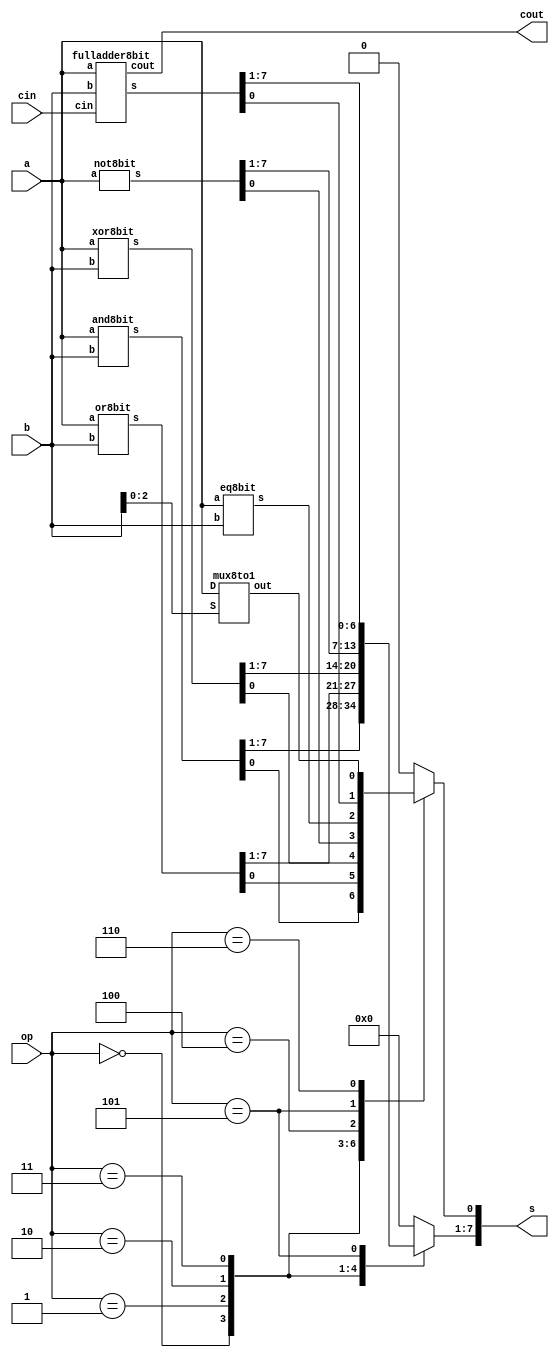
module ula (op, s, a, b, cin, cout);
  input [2:0] op;
  input [7:0] a;
  input [7:0] b;
  input cin;
  output reg [7:0] s;
  output cout;

  wire [7:0] and_out, or_out, xor_out, not_out, fulladder_out;
  wire eq_out, mux_out;

  and8bit a1 (and_out, a, b);
  or8bit o1 (or_out, a, b);
  xor8bit x1 (xor_out, a, b);
  not8bit n1 (not_out, a);
  eq8bit e1 (eq_out, a, b);
  fulladder8bit fa1 (fulladder_out, cout, a, b, cin);
  mux8to1 m1 (mux_out, a, b[2:0]);

  always @ * begin
    case (op)
      3'b000: begin
        s = and_out;
      end
      3'b001: begin
        s = or_out;
      end
      3'b010: begin
        s = xor_out;
      end
      3'b011: begin
        s = not_out;
      end
      3'b100: begin
        s[7:1] = 7'b0000000;
        s[0] = eq_out;
      end
      3'b101: begin
        s = fulladder_out;
      end
      3'b110: begin
        s[7:1] = 7'b0000000;
        s[0] = mux_out;
      end
      default: begin
        s = 8'b00000000;
      end
    endcase
  end
endmodule

module and8bit (s, a, b);
  input [7:0] a;
  input [7:0] b;
  output [7:0] s;
  and (s[0], a[0], b[0]);
  and (s[1], a[1], b[1]);
  and (s[2], a[2], b[2]);
  and (s[3], a[3], b[3]);
  and (s[4], a[4], b[4]);
  and (s[5], a[5], b[5]);
  and (s[6], a[6], b[6]);
  and (s[7], a[7], b[7]);
endmodule

module or8bit (s, a, b);
  input [7:0] a;
  input [7:0] b;
  output [7:0] s;
  or (s[0], a[0], b[0]);
  or (s[1], a[1], b[1]);
  or (s[2], a[2], b[2]);
  or (s[3], a[3], b[3]);
  or (s[4], a[4], b[4]);
  or (s[5], a[5], b[5]);
  or (s[6], a[6], b[6]);
  or (s[7], a[7], b[7]);
endmodule

module xor8bit (s, a, b);
  input [7:0] a;
  input [7:0] b;
  output [7:0] s;
  xor (s[0], a[0], b[0]);
  xor (s[1], a[1], b[1]);
  xor (s[2], a[2], b[2]);
  xor (s[3], a[3], b[3]);
  xor (s[4], a[4], b[4]);
  xor (s[5], a[5], b[5]);
  xor (s[6], a[6], b[6]);
  xor (s[7], a[7], b[7]);
endmodule

module not8bit (s, a);
  input [7:0] a;
  output [7:0] s;
  nor (s[0], a[0]);
  nor (s[1], a[1]);
  nor (s[2], a[2]);
  nor (s[3], a[3]);
  nor (s[4], a[4]);
  nor (s[5], a[5]);
  nor (s[6], a[6]);
  nor (s[7], a[7]);
endmodule

module eq8bit (s, a, b);
  input [7:0] a;
  input [7:0] b;
  output s;
  wire [7:0] o, u;
  xor8bit x (o, a, b);
  not8bit n (u, o);
  and (s, u[0], u[1], u[2], u[3], u[4], u[5], u[6], u[7]);
endmodule

module mux8to1 (out, D, S);
  input [7:0] D;
  input [2:0] S;
  output out;
  wire [10:0] T;
  not (T[0], S[0]);
  not (T[1], S[1]);
  not (T[2], S[2]);
  and (T[3], D[0], T[0], T[1], T[2]);
  and (T[4], D[1], S[0], T[1], T[2]);
  and (T[5], D[2], T[0], S[1], T[2]);
  and (T[6], D[3], S[0], S[1], T[2]);
  and (T[7], D[4], T[0], T[1], S[2]);
  and (T[8], D[5], S[0], T[1], S[2]);
  and (T[9], D[6], T[1], S[1], S[2]);
  and (T[10],D[7], S[0], S[1], S[2]);
  or (out, T[3], T[4], T[5], T[6], T[7], T[8], T[9], T[10]);
endmodule

module fulladder (input a, b, cin, output s, cout);
  wire xor1out, and1out, and2out;
  xor (xor1out, a, b);
  xor (s, cin, xor1out);
  and (and1out, cin, xor1out);
  and (and2out, a, b);
  or (cout, and1out, and2out);
endmodule

module fulladder8bit (s, cout, a, b, cin);
  input [7:0] a;
  input [7:0] b;
  input cin;
  output [7:0] s;
  output cout;
  wire [6:0] c;
  fulladder f0 (a[0], b[0], cin,  s[0], c[0]);
  fulladder f1 (a[1], b[1], c[0], s[1], c[1]);
  fulladder f2 (a[2], b[2], c[1], s[2], c[2]);
  fulladder f3 (a[3], b[3], c[2], s[3], c[3]);
  fulladder f4 (a[4], b[4], c[3], s[4], c[4]);
  fulladder f5 (a[5], b[5], c[4], s[5], c[5]);
  fulladder f6 (a[6], b[6], c[5], s[6], c[6]);
  fulladder f7 (a[7], b[7], c[6], s[7], cout);
endmodule